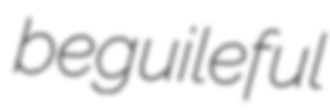
beguileful